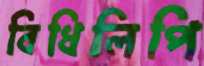
বিধিলিপি